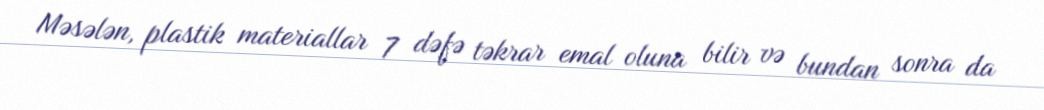
Məsələn, plastik materiallar 7 dəfə təkrar emal oluna bilir və bundan sonra da